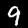
Digit: 9